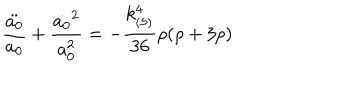
LaTeX: \frac { \ddot { a _ { 0 } } } { a _ { 0 } } + \frac { \dot { a _ { 0 } } ^ { 2 } } { a _ { 0 } ^ { 2 } } = - \frac { k _ { ( 5 ) } ^ { 4 } } { 3 6 } \rho ( \rho + 3 p )